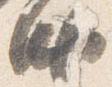
納